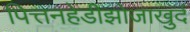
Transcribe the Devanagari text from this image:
पित्तनहेडीझोजाखुर्द